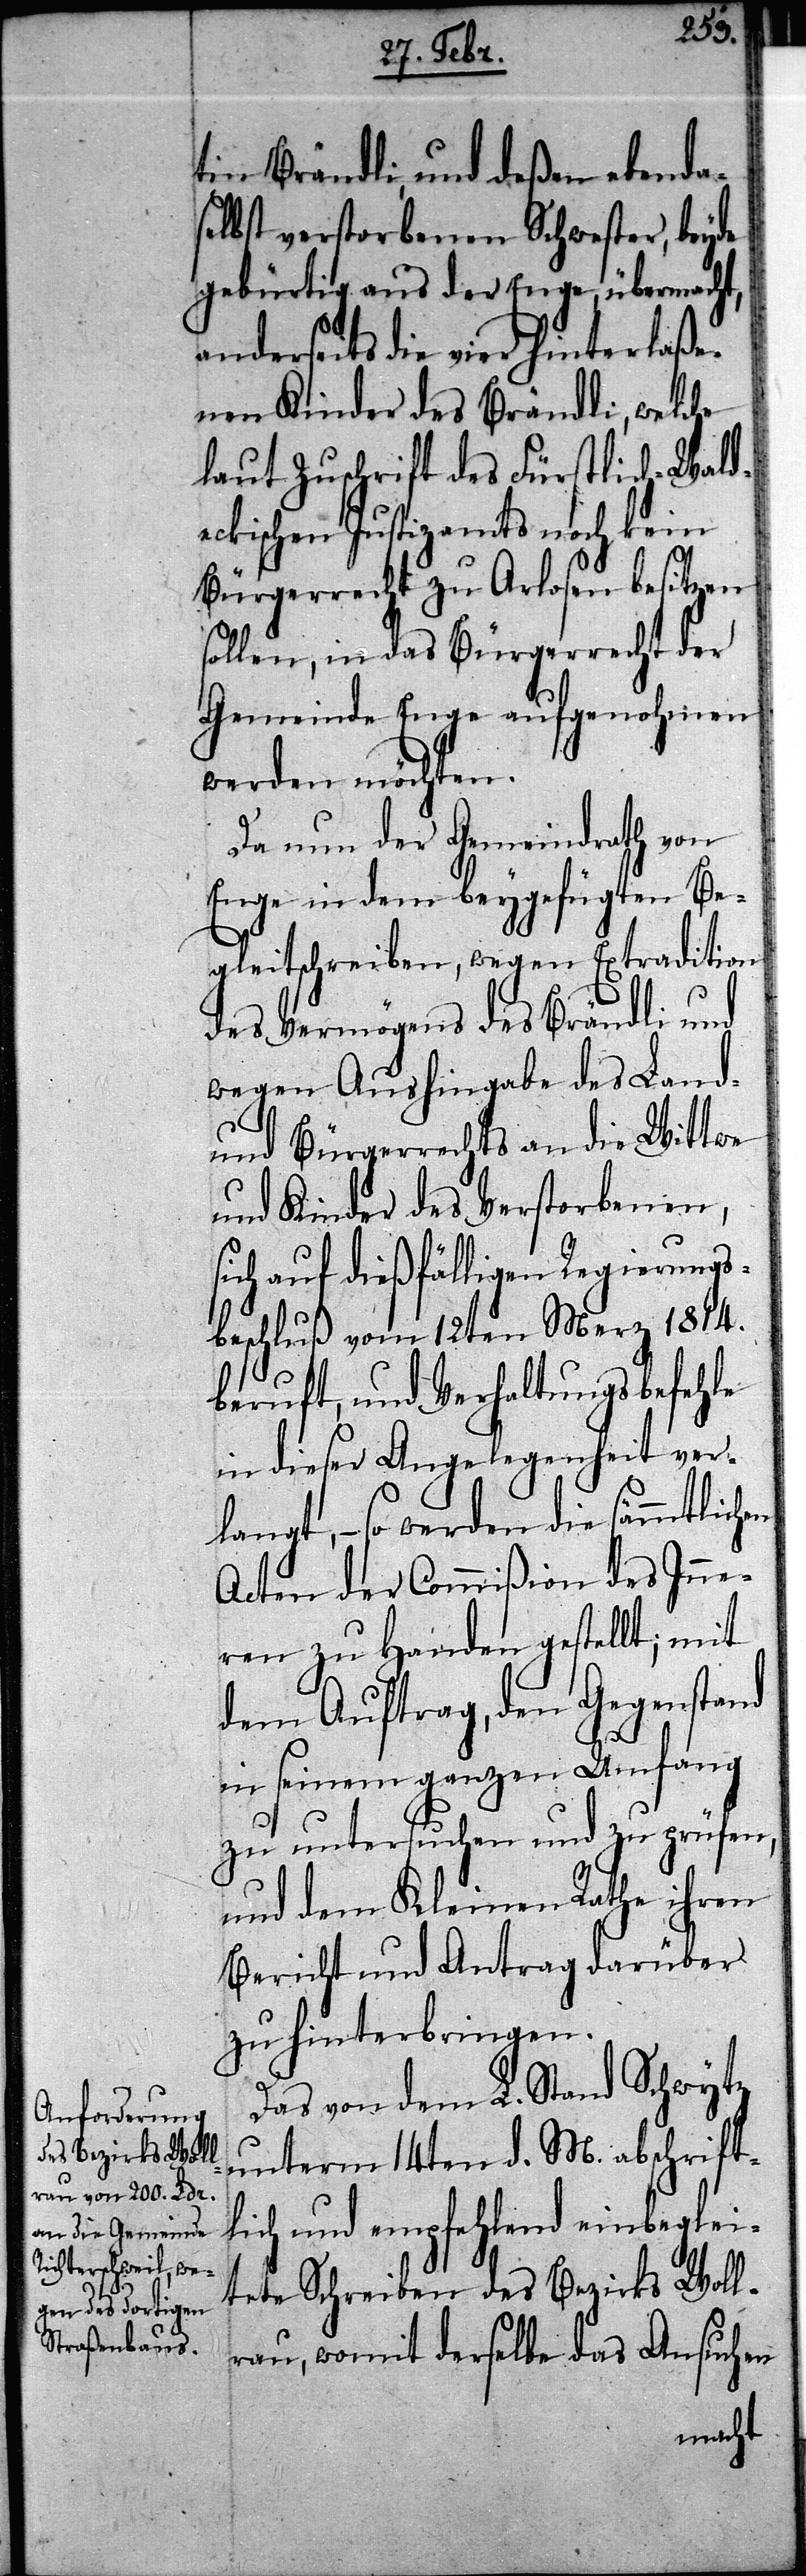
Be¬
tin Brändli, und deßen eben¬
selbst verstorbenen Schweste¬
fehle
gebürtig aus der Enge, übermacht,
anderseits die vier hinterlaß¬
enen Kinder des Brändli, welche
laut Zuschrift des Fürstl¬
en
eckischen Justizamts noch
k¬
und
Bürgerrecht zu Arlosen
sollen, in das Bürgerrecht
Gemeinde Enge aufge¬
werden möchten.
Da nun der Gemeindrath
Enge in dem beygefü¬
gleitschreiben, wegen Ext¬
des Vermögens des Brä¬
wegen Aushingabe des L¬
und Bürgerrechts an die
und Kinder des Verst¬
sich auf dießfälligen Regieru¬
sbeschluß vom 12ten
beruft, und Verhaltungsbe¬
in dieser Angelegenheit ver¬
langt, – so werden die sämmtlich¬
Acten der Commißion des Inne¬
ren zu Handen gestellt; mit
dem Auftrag, den Gegenstand
in seinem ganzen Umfang
zu untersuchen und zu prüfen,
und dem Kleinen Rathe ihren
Bericht und Antrag darüber
zu hinterbringen.
Das von dem L. Stand Schwytz
unterm 14ten d. M. abschrift¬
lich und empfehlend einbeglei¬
teten Schreiben des Bezirks Woll¬
erau, womit derselbe das Ansuchen

ng¬